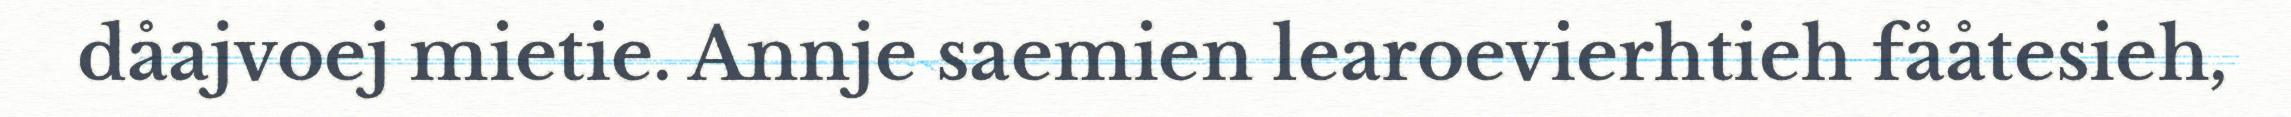
dåajvoej mietie. Annje saemien learoevierhtieh fååtesieh,